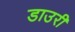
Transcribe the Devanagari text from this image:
डाउरी